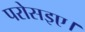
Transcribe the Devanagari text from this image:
परोसइए।